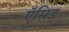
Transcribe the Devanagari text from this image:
ऍसिड्